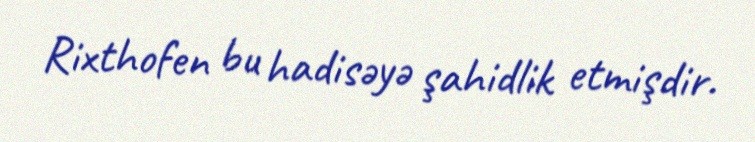
Rixthofen bu hadisəyə şahidlik etmişdir.